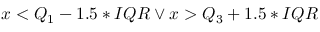
x < Q _ { 1 } - 1 . 5 * I Q R \lor x > Q _ { 3 } + 1 . 5 * I Q R